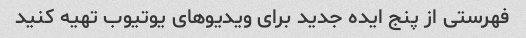
فهرستی از پنج ایده جدید برای ویدیوهای یوتیوب تهیه کنید